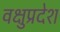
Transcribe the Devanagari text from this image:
वक्षुप्रदेश